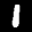
Label: 1